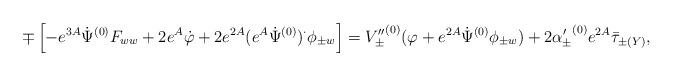
\begin{align*}\mp\left[-e^{3A}\dot{\Psi}^{(0)}F_{ww}+2e^A\dot{\varphi} +2e^{2A}(e^A\dot{\Psi}^{(0)})^{\cdot}\phi_{\pm w}\right] = {V''_{\pm}}^{(0)}(\varphi+e^{2A}\dot{\Psi}^{(0)}\phi_{\pm w}) + 2{\alpha'_{\pm}}^{(0)}e^{2A}\bar{\tau}_{\pm(Y)}, \end{align*}